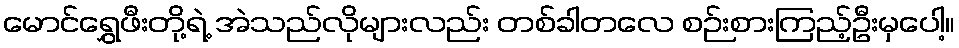
မောင်ရွှေဖီးတို့ရဲ့ အဲသည်လိုများလည်း တစ်ခါတလေ စဉ်းစားကြည့်ဦးမှပေါ့။